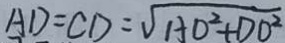
A D = C D = \sqrt { A D ^ { 2 } + D O ^ { 2 } }